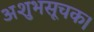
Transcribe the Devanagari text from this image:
अशुभसूचक।